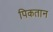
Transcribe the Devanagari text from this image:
पिकतान